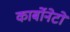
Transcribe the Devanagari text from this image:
कार्बोनेटो